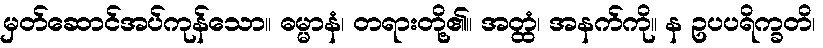
မှတ်ဆောင်အပ်ကုန်သော။ ဓမ္မာနံ၊ တရားတို့၏။ အတ္ထံ၊ အနက်ကို။ န ဥပပရိက္ခတိ၊